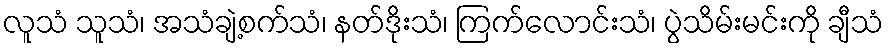
လူသံ သူသံ၊ အသံချဲ့စက်သံ၊ နတ်ဒိုးသံ၊ ကြက်လောင်းသံ၊ ပွဲသိမ်းမင်းကို ချီသံ